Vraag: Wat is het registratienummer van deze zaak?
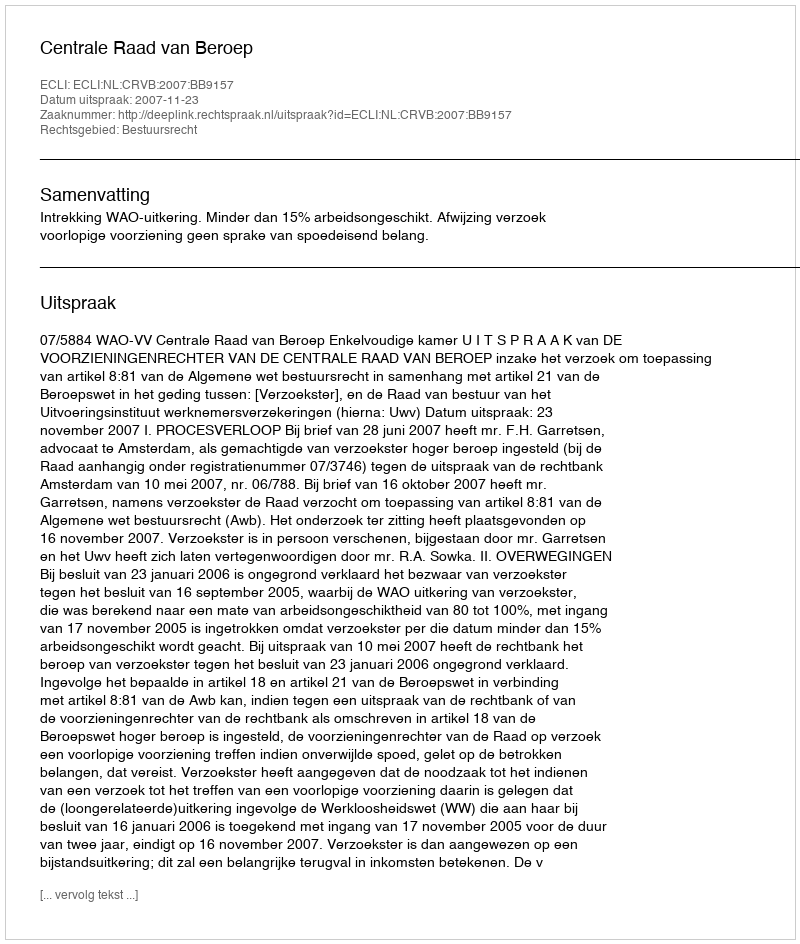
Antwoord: http://deeplink.rechtspraak.nl/uitspraak?id=ECLI:NL:CRVB:2007:BB9157